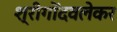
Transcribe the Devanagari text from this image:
श्रीगोंदवलेकर